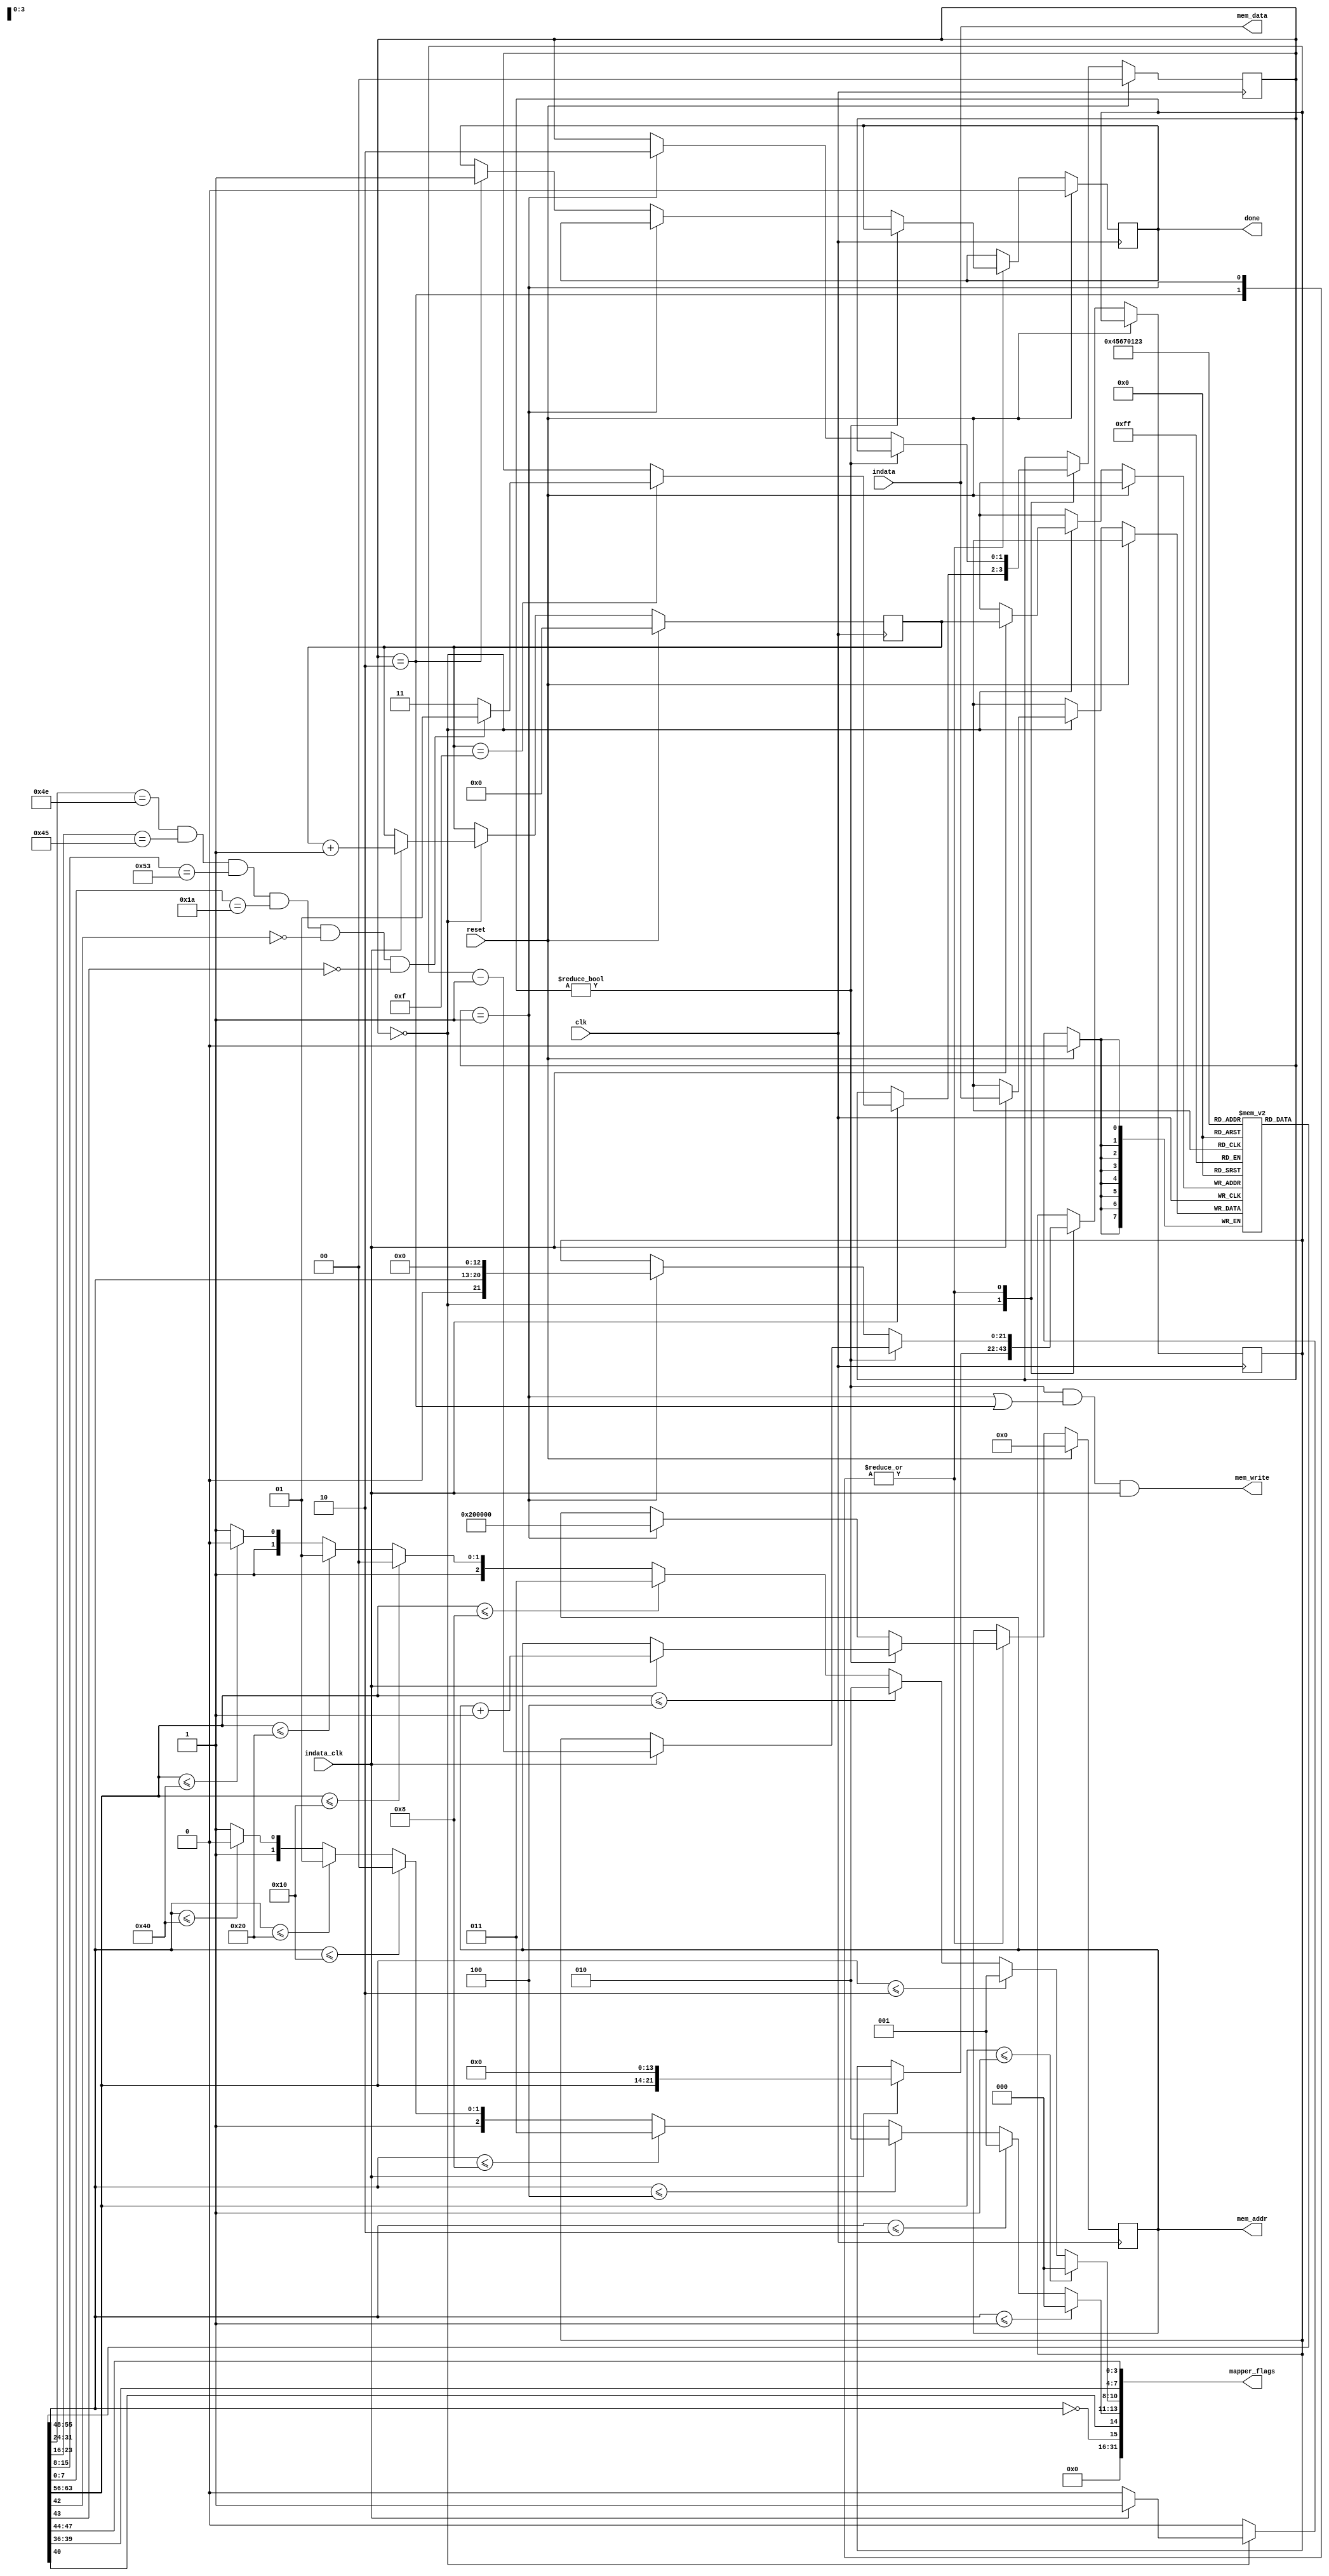
// Module reads bytes and writes to proper address in ram.
// Done is asserted when the whole game is loaded.
// This parses iNES headers too.
module GameLoader(
	input			clk,
	input			reset,
	input [7:0]		indata,
	input			indata_clk,
	output reg [21:0]	mem_addr,
	output [7:0]		mem_data,
	output			mem_write,
	output [31:0]		mapper_flags,
	output reg		done);
	
	reg [ 1:0] state = 0;
	reg [ 7:0] prgsize;
	reg [ 3:0] ctr;
	reg [ 7:0] ines[0:15];	// 16 bytes of iNES header
	reg [21:0] bytes_left;
	
//	assign error = (state == 3);
	assign mem_data = indata;
	assign mem_write = (bytes_left != 0) && (state == 1 || state == 2) && indata_clk;
	
	wire [2:0] prg_size =	ines[4] <= 1 ? 0 :
				ines[4] <= 2 ? 1 : 
				ines[4] <= 4 ? 2 : 
				ines[4] <= 8 ? 3 : 
				ines[4] <= 16 ? 4 : 
				ines[4] <= 32 ? 5 : 
				ines[4] <= 64 ? 6 : 7;

	wire [2:0] chr_size = 	ines[5] <= 1 ? 0 : 
				ines[5] <= 2 ? 1 : 
				ines[5] <= 4 ? 2 : 
				ines[5] <= 8 ? 3 : 
				ines[5] <= 16 ? 4 : 
				ines[5] <= 32 ? 5 : 
				ines[5] <= 64 ? 6 : 7;
	
	wire has_chr_ram = (ines[5] == 0);
	assign mapper_flags = {16'b0, has_chr_ram, ines[6][0], chr_size, prg_size, ines[7][7:4], ines[6][7:4]};
	
	always @(posedge clk) begin
		if (reset) begin
			state <= 0;
			done <= 0;
			ctr <= 0;
			mem_addr <= 0;	// Address for PRG
		end else begin
			case(state)
			// Read 16 bytes of ines header
			0: if (indata_clk) begin
				ctr <= ctr + 1;
				ines[ctr] <= indata;
				bytes_left <= {ines[4], 14'b0};
				if (ctr == 4'b1111)
					state <= (ines[0] == 8'h4E) && (ines[1] == 8'h45) && (ines[2] == 8'h53) && (ines[3] == 8'h1A) && !ines[6][2] && !ines[6][3] ? 1 : 3;
				end
			1, 2: begin // Read the next |bytes_left| bytes into |mem_addr|
				if (bytes_left != 0) begin
					if (indata_clk) begin
						bytes_left <= bytes_left - 1;
						mem_addr <= mem_addr + 1;
					end
				end else if (state == 1) begin
					state <= 2;
					mem_addr <= 22'b10_0000_0000_0000_0000_0000; // Address for CHR
					bytes_left <= {1'b0, ines[5], 13'b0};
				end else if (state == 2) begin
				done <= 1;
				end
				end
			endcase
		end
	end
endmodule